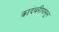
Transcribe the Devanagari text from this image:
कादंबरीपासून